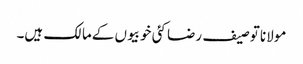
مولانا توصیف رضا کئی خوبیوں کےمالک ہیں۔